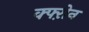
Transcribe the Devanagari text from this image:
क्फ्ऱोन